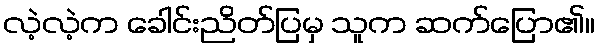
လဲ့လဲ့က ခေါင်းညိတ်ပြမှ သူက ဆက်ပြော၏။